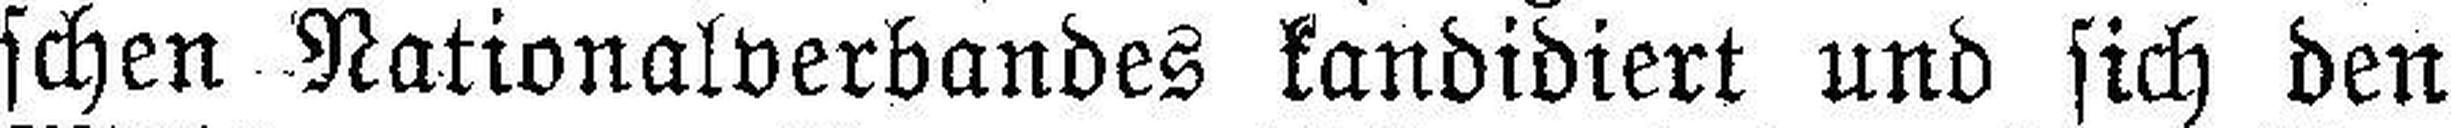
schen Nationalverbandes kandidiert und sich den